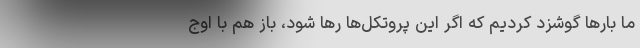
ما بارها گوشزد کردیم که اگر این پروتکل‌ها رها شود، باز هم با اوج